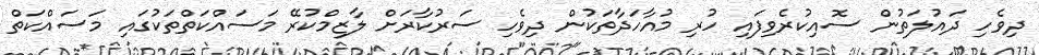
ދިވެހި ދައުލަތުން ސޮއިކުރެވިފައި ހުރި މުއާހަދާތަކުން ދިވެހި ސަރުކާރަށް ލާޒިމްކުރޭ މަސައްކަތްތަކުގައި މަސައްކަތް